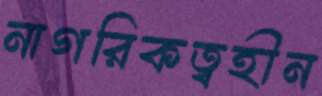
নাগরিকত্বহীন